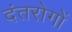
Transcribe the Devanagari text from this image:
दंतरोगों